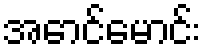
အောင်မောင်း